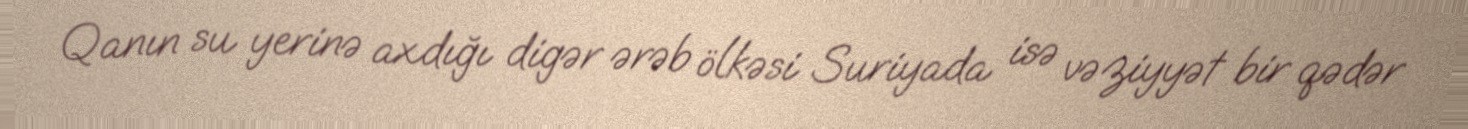
Qanın su yerinə axdığı digər ərəb ölkəsi Suriyada isə vəziyyət bir qədər